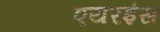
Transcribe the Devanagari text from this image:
एयरइंस